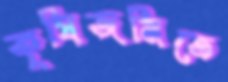
কৃষিজমিতে